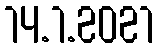
14.1.2021